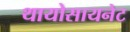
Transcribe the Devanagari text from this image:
थायोसायनेट